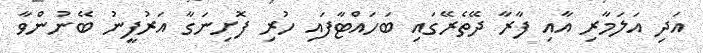
އަދި އަލަމާރި އާއި ފާރާ ދޭތެރޭގައި ބަހައްޓާފައި ހުރި ފޮށިނަގާ އަރުފީނު ބޭނުންވާ